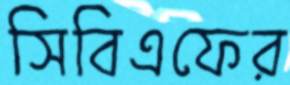
সিবিএফের